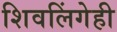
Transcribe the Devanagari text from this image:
शिवलिंगेही